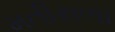
મતીરાળા